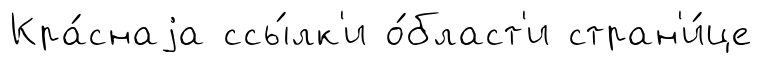
Кра́снаjа ссы́лк'и о́бласт'и стран'и́це